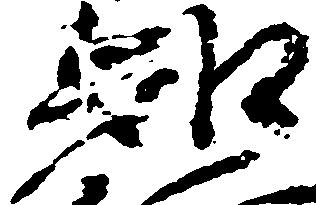
知